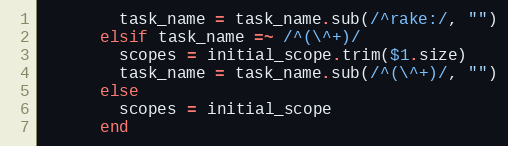
Language: Ruby
        task_name = task_name.sub(/^rake:/, "")
      elsif task_name =~ /^(\^+)/
        scopes = initial_scope.trim($1.size)
        task_name = task_name.sub(/^(\^+)/, "")
      else
        scopes = initial_scope
      end